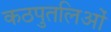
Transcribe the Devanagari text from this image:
कठपुतलिओं